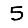
Digit: 5